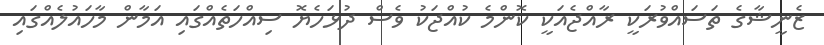
ޒެނީޝާގެ ތަސައްވުރަކީ ރާއްޖެއަކީ ކޮންމެ ކުއްޖަކު ވެސް ދުޅަހެޔޮ ސިއްހަތެއްގައި އަމާން މާހައުލެއްގައި